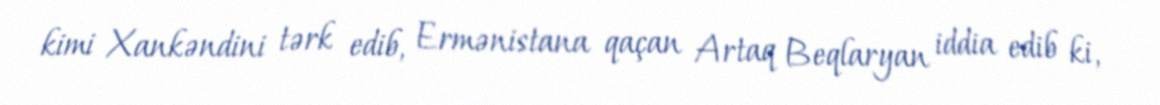
kimi Xankəndini tərk edib, Ermənistana qaçan Artaq Beqlaryan iddia edib ki,